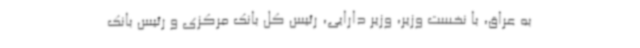
به عراق، با نخست وزیر، وزیر دارایی، رئیس کل بانک مرکزی و رئیس بانک